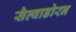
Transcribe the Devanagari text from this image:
सैल्वाडोरन